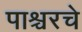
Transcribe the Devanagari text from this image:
पाश्चरचे